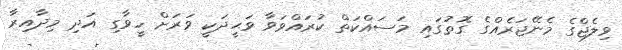
ވިލެޖްގެ މެނޭޖަރެއްގެ ގޮތުގައި މަސައްކަތް ކުރައްވަވާ ވަޙީދަކީ ވަރަށް ހީވާގި އަދި މިދާއިރާ